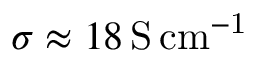
\sigma \approx 1 8 \, \mathrm { S \, c m ^ { - 1 } }